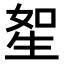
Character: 𤯥